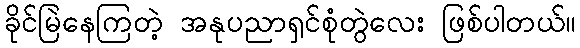
ခိုင်မြဲနေကြတဲ့ အနုပညာရှင်စုံတွဲလေး ဖြစ်ပါတယ်။